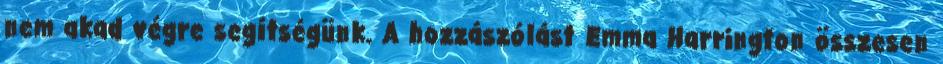
nem akad végre segítségünk. A hozzászólást Emma Harrington összesen